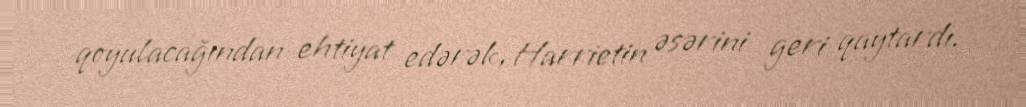
qoyulacağından ehtiyat edərək, Harrietin əsərini geri qaytardı.